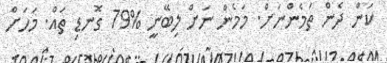
ކަން ދެން ތަމެންނަށް. މަމެން ނަށް ލިބޭނީ %79 ގޮނޑި ތައް. މަހަށް